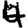
Digit: 4